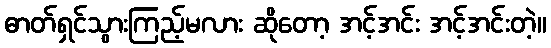
ဓာတ်ရှင်သွားကြည့်မလား ဆိုတော့ အင့်အင်း အင့်အင်းတဲ့။